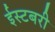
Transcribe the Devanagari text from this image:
ईस्टबरी